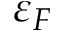
\varepsilon _ { F }